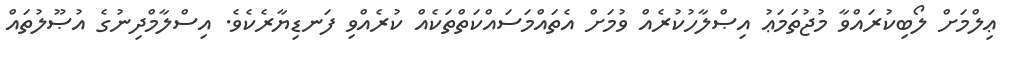
ޢިލްމަށް ލޯބިކުރައްވާ މުޖުތަމަޢު އިޞްލާހުކުރެއް ވުމަށް އެތައްމަސައްކަތްތަކެއް ކުރެއްވި ފަނޑިޔާރެކެވެ. އިސްލާމްދިނުގެ އުޞޫލުތައް